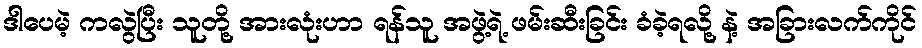
ဒါပေမဲ့ ကလွဲပြီး သူတို့ အားလုံးဟာ ရန်သူ အဖွဲ့ရဲ့ ဖမ်းဆီးခြင်း ခံခဲ့ရလို့ နဲ့ အခြားလက်ကိုင်